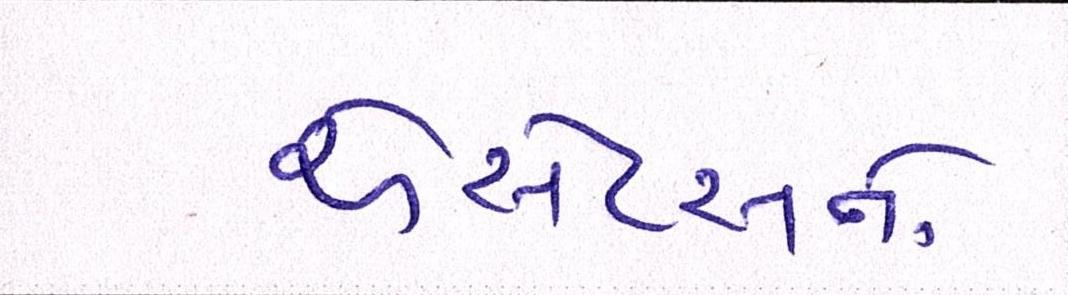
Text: એસેટસનો